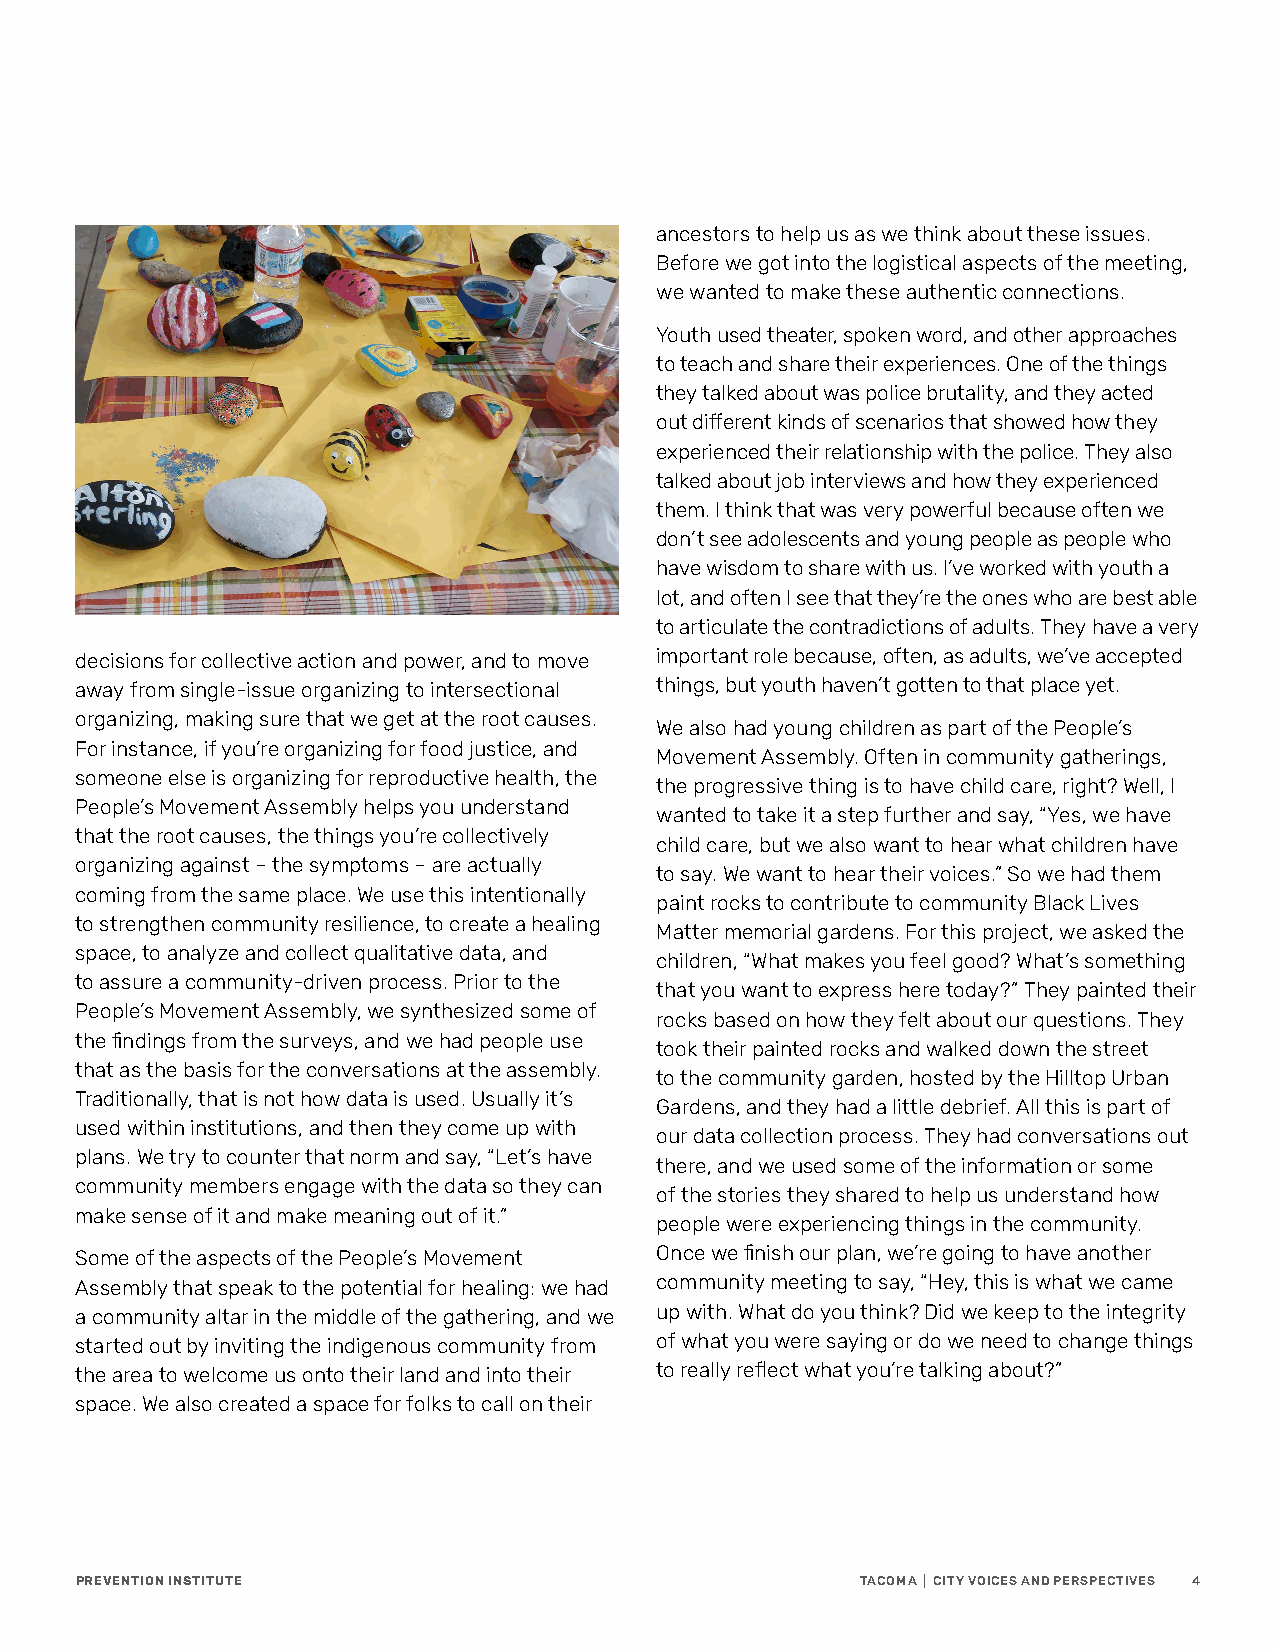
ancestors to help us as we think about these issues.
 Before we got into the logistical aspects of the meeting,
 we wanted to make these authentic connections.
 Youth used theater, spoken word, and other approaches
 to teach and share their experiences. One of the things
 they talked about was police brutality, and they acted
 out different kinds of scenarios that showed how they
 experienced their relationship with the police. They also
 talked about job interviews and how they experienced
 them. I think that was very powerful because often we
 don’t see adolescents and young people as people who
 have wisdom to share with us. I’ve worked with youth a
 lot, and often I see that they’re the ones who are best able
 to articulate the contradictions of adults. They have a very
 decisions for collective action and power, and to move important role because, often, as adults, we’ve accepted
 away from single-issue organizing to intersectional things, but youth haven’t gotten to that place yet.
 organizing, making sure that we get at the root causes.
 We also had young children as part of the People’s
 For instance, if you’re organizing for food justice, and
 Movement Assembly. Often in community gatherings,
 someone else is organizing for reproductive health, the
 the progressive thing is to have child care, right? Well, I
 People’s Movement Assembly helps you understand
 wanted to take it a step further and say, “Yes, we have
 that the root causes, the things you’re collectively
 child care, but we also want to hear what children have
 organizing against – the symptoms – are actually
 to say. We want to hear their voices.” So we had them
 coming from the same place. We use this intentionally
 paint rocks to contribute to community Black Lives
 to strengthen community resilience, to create a healing
 Matter memorial gardens. For this project, we asked the
 space, to analyze and collect qualitative data, and
 children, “What makes you feel good? What’s something
 to assure a community-driven process. Prior to the
 that you want to express here today?” They painted their
 People’s Movement Assembly, we synthesized some of
 rocks based on how they felt about our questions. They
 the findings from the surveys, and we had people use
 took their painted rocks and walked down the street
 that as the basis for the conversations at the assembly.
 to the community garden, hosted by the Hilltop Urban
 Traditionally, that is not how data is used. Usually it’s
 Gardens, and they had a little debrief. All this is part of
 used within institutions, and then they come up with
 our data collection process. They had conversations out
 plans. We try to counter that norm and say, “Let’s have
 there, and we used some of the information or some
 community members engage with the data so they can
 of the stories they shared to help us understand how
 make sense of it and make meaning out of it.”
 people were experiencing things in the community.
 Some of the aspects of the People’s Movement Once we finish our plan, we’re going to have another
 Assembly that speak to the potential for healing: we had community meeting to say, “Hey, this is what we came
 a community altar in the middle of the gathering, and we up with. What do you think? Did we keep to the integrity
 started out by inviting the indigenous community from of what you were saying or do we need to change things
 the area to welcome us onto their land and into their to really reflect what you’re talking about?”
 space. We also created a space for folks to call on their
 PREVENTION INSTITUTE                                TACOMA | CITY VOICES AND PERSPECTIVES 4